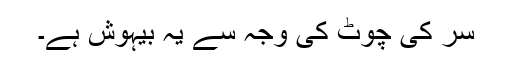
سر کی چوٹ کی وجہ سے یہ بیہوش ہے۔